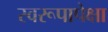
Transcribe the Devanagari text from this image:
स्वरूपापेक्षा